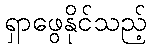
ရှာဖွေနိုင်သည့်